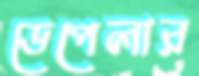
ডেপেলার